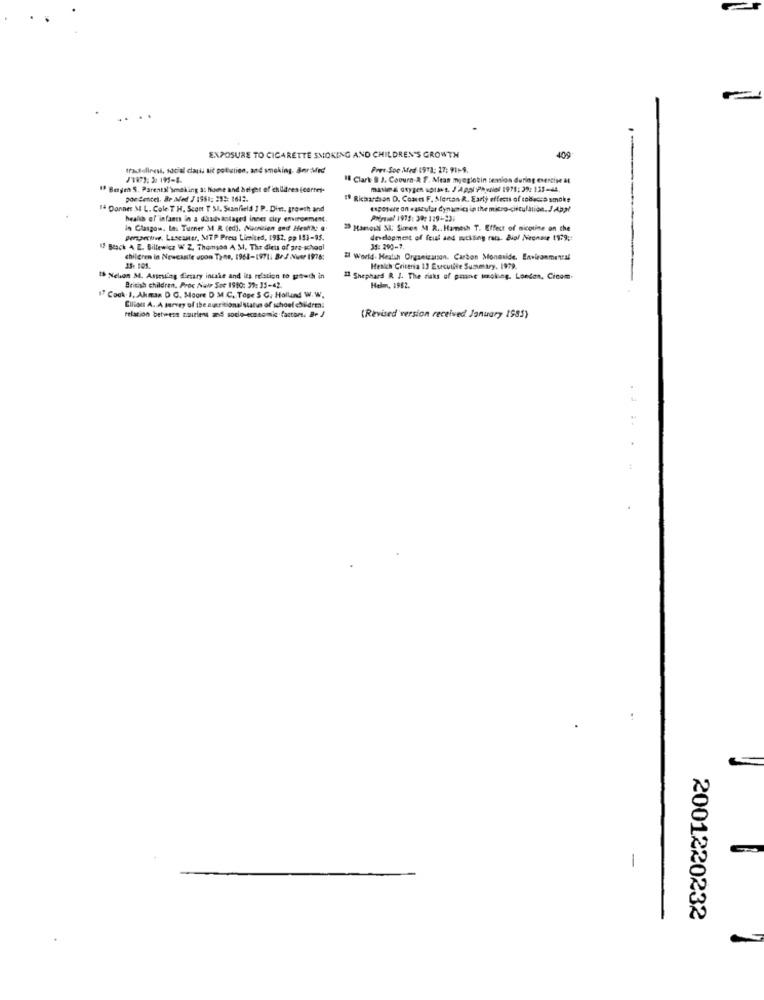
EXPOSURE TO CIGARETTE SMOKING AND CHILDREN'S GROWTH
409
tracidlinest, social class tit pollution, and smoking, Bnr Mg
Pres-Soc Med 1973: 27: 91-9.
18 Clark & J. Coourn & f. Mean myoglobin semion during exercise &t
I Bergen S. Parental'smoking at home and height of children (cortey.
maxima oxygen aguast. J'Appl Physiel 1971; 2%: 135-44.
poe detcel. Br Aled / 1981: 235: 1612.
" Richardson D. Comms F. Morton R. Early effects of tobacco smoke
14 Donner M L. Cole T H. Scont T MI. Stanfield ] P. Din, growth and
espowe an waszutar dynamics in the micro-circulation.J Abal
health of'infants in a dasdastaged inner city emirgement.
Avyvol 1971: 30: 129-237
In Glasgow. In. Turner 3 R (ed). Macntion and Heatthe .
" Hamosli SI: Simen M R .. Hamesh T. Effect of nicotine on the
perspective. Lasesser, MTP Press Limited, 1982, pp 193-95.
development of feial and muckling rats. Biol Neonase 1979 ;:
IF Back A Z. Billewicz WW Z, Thomson A M. The diets of pre-school
34: 290-7.
children in Newcastle upon Tyne, 1968-1971. 8/ / Nutr 1978:
Il World. Heatsh Organizarson. Carbon Monoxide. Environmental
33: 101.
Healich Criteria 13 Eseculite Summary. 1979.
Ih Nelson M. Assestlag Cesary intake and its relation to growth in
13 Shephard R J. The risks of pane smoking. London, Cicom-
British children. Proc Natr Soc 1910: 31: 15-42
Helm, 1982.
IT Cook 1. Akman D G. Moore D M.C. Tage S C. Hallund W.W.
Elliott A. A mevey of the zuricional status of school children:
relation betwess carieu and sodo-economic factor. B+ J
(Revised version received January 1985)
-
2001220232